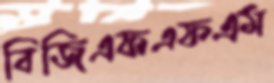
বিজিএফএফএম